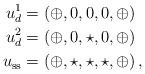
LaTeX: \begin{align*}u_d^1&=\left(\oplus,0,0,0,\oplus\right)\\u_d^2&=\left(\oplus,0,\star,0,\oplus\right)\\u_\mathrm{ss}&=\left(\oplus,\star,\star,\star,\oplus\right),\end{align*}